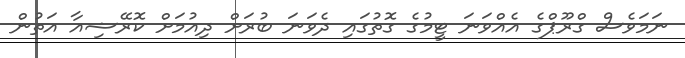
ނަމަވެސް ގްރޫޕްގެ އެއްވަނަ ޓީމުގެ ގޮތުގައި ދެވަނަ ބުރަށް ދިއުމަށް ކޮރޭޝިއާ އަތުން